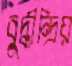
বুদ্ধীন্দ্রিয়